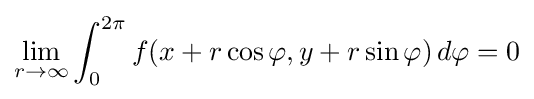
\lim _{r\to \infty }\int _{0}^{2\pi }f(x+r\cos \varphi ,y+r\sin \varphi )\,d\varphi =0